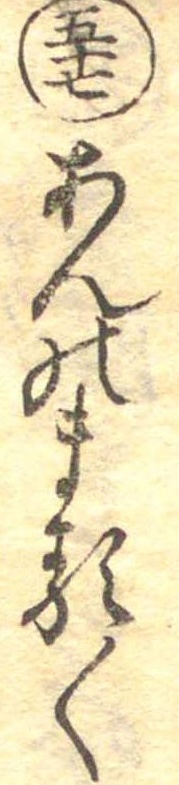
五十七あんのまる〱